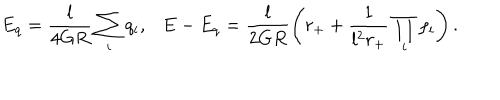
E _ { q } = \frac { l } { 4 G R } \sum _ { i } q _ { i } , \ \ \ E - E _ { q } = \frac { l } { 2 G R } \left( r _ { + } + \frac { 1 } { l ^ { 2 } r _ { + } } \prod _ { i } \rho _ { i } \right) .